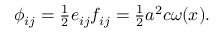
\begin{array} { r } { \phi _ { i j } = \frac 1 2 e _ { i j } f _ { i j } = \frac 1 2 a ^ { 2 } c \omega ( x ) . } \end{array}